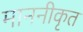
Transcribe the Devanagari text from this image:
माननीकृत